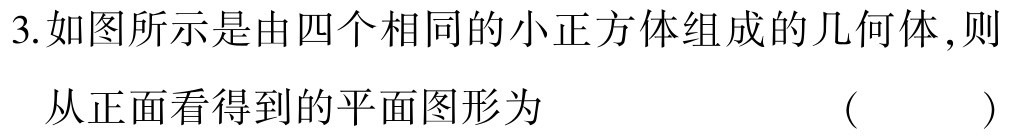
3.如图所示是由四个相同的小正方体组成的几何体,则

从正面看得到的平面图形为 （ ）